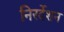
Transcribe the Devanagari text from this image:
निरर्देशन